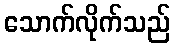
သောက်လိုက်သည်